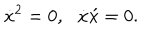
\dot { x } ^ { 2 } = 0 , \, \, \, \, \dot { x } \acute { x } = 0 .